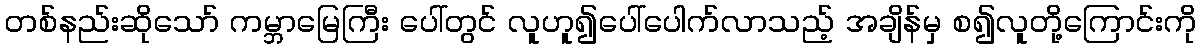
တစ်နည်းဆိုသော် ကမ္ဘာမြေကြီး ပေါ်တွင် လူဟူ၍ပေါ်ပေါက်လာသည့် အချိန်မှ စ၍လူတို့ကြောင်းကို